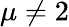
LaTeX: \mu\neq 2